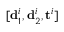
[ \mathbf d _ { 1 } ^ { i } , \mathbf d _ { 2 } ^ { i } , \mathbf t ^ { i } ]